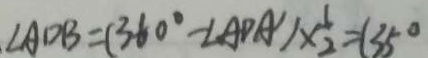
\angle A D B = ( 3 6 0 ^ { \circ } - \angle A D A ^ { \prime } ) \times \frac { 1 } { 2 } = 1 3 5 ^ { \circ }